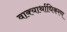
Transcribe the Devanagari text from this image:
वाक्यार्थाधिकरण